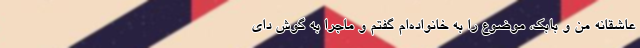
عاشقانه من و بابک، موضوع را به خانواده‌ام گفتم و ماجرا به گوش دای